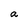
Character: a